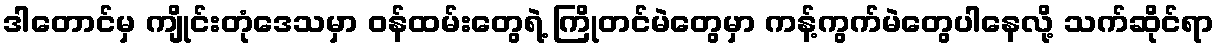
ဒါတောင်မှ ကျိုင်းတုံဒေသမှာ ဝန်ထမ်းတွေရဲ့ ကြိုတင်မဲတွေမှာ ကန့်ကွက်မဲတွေပါနေလို့ သက်ဆိုင်ရာ